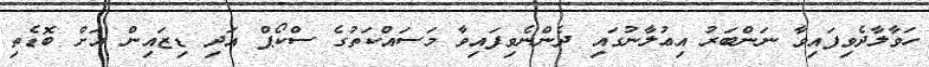
ހަވާލާދެވިފައިވާ ނަންބަރު އިޢުލާނުގައި ދެންނެވިފައިވާ މަސައްކަތުގެ ސްކޯޕް އަދި ޑިޒައިން އަށް ބޮޑެތި